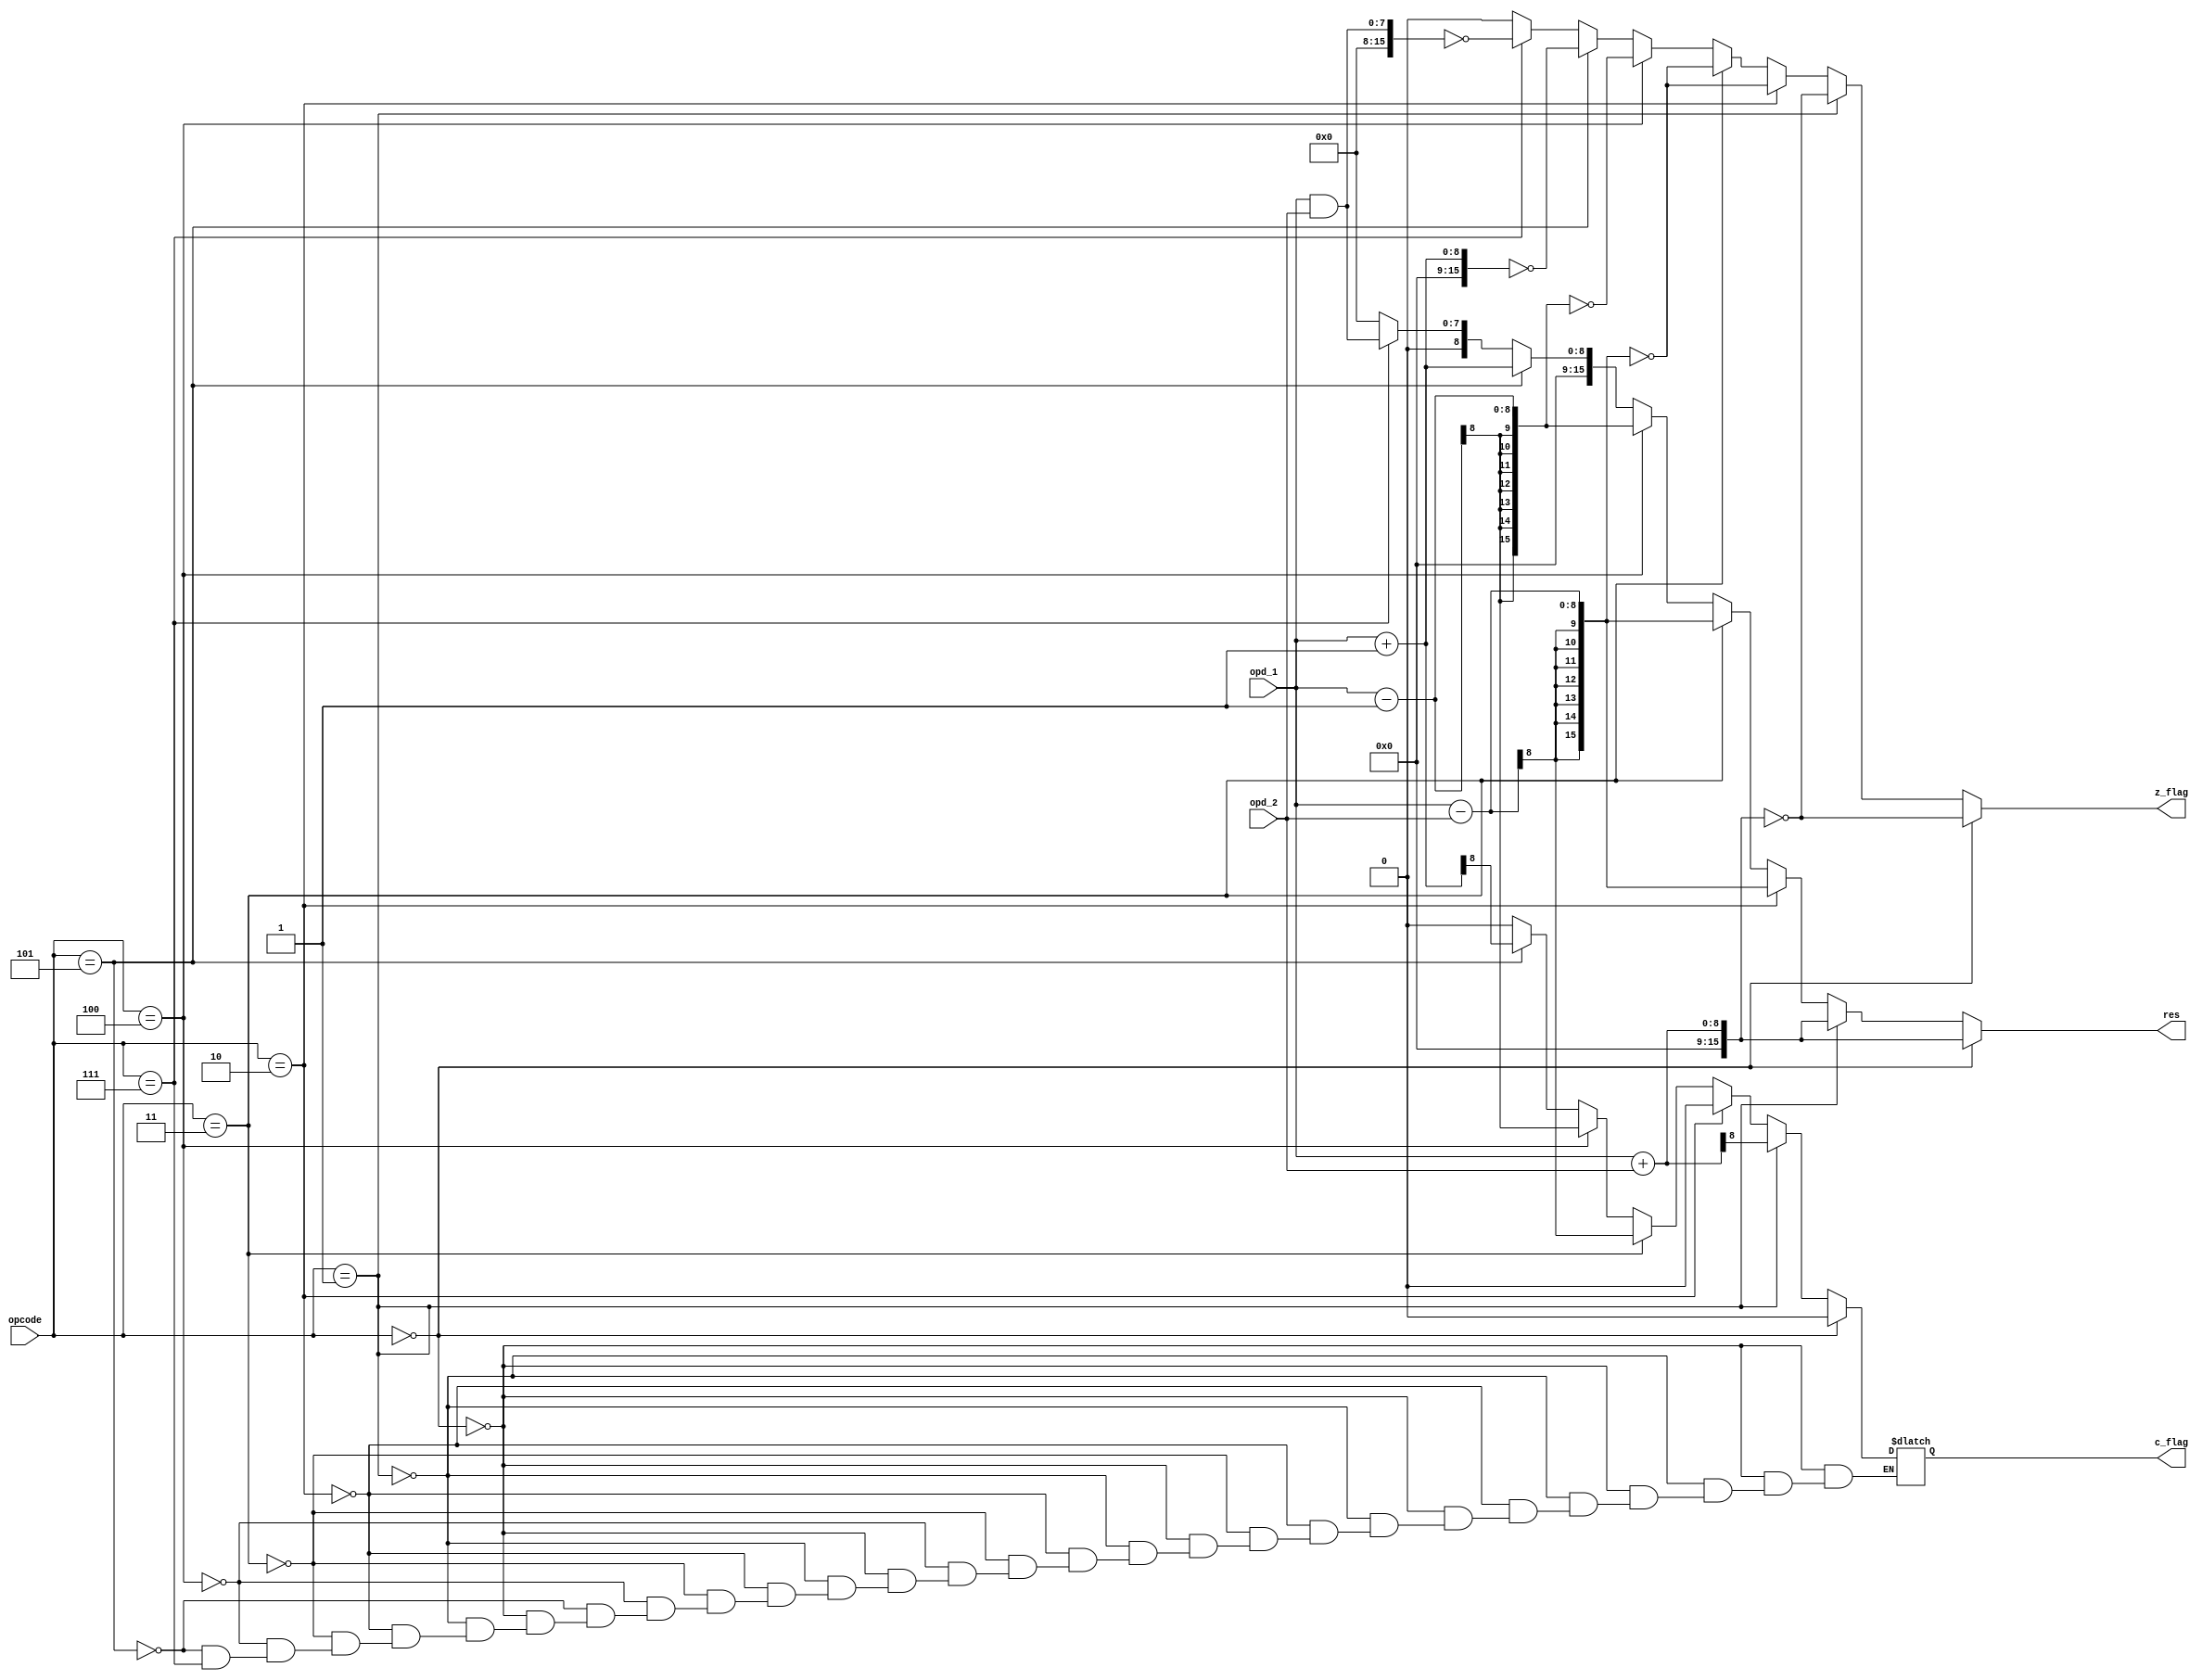

module alu(opcode, opd_1, opd_2, res, c_flag, z_flag);
	input[2:0] opcode;
	input[7:0] opd_1, opd_2;
	output reg[15:0] res = 16'h0000;
	// carry flag indicates borrow in SBC (subtraction with borrow)
	output reg c_flag = 1'b0, z_flag = 1'b0;

	// 8 kinds of operations
	parameter[3:0]
		ADD  = 4'b0000,
		ADDC = 4'b0001,
		SUB  = 4'b0010,
		SUBB = 4'b0011,
		DEC  = 4'b0100,
		INC  = 4'b0101,
		TRAN = 4'b0110,
		AND  = 4'b0111,
		OR   = 4'b1000,
		XOR  = 4'b1001,
		NOT  = 4'b1010,
		SHL  = 4'b1011,
		SHR  = 4'b1100;
		
	always @(opcode or opd_1 or opd_2)
	begin
		// normal ADD doesn't care carry 
		if (opcode == ADD)
		begin
			res = opd_1 + opd_2;
			c_flag = 1'b0;
			z_flag = (res == 16'h0000);
		end
		else if (opcode == ADDC)
		begin
			res = opd_1 + opd_2;
			c_flag = res[8];
			z_flag = (res == 16'h0000);
		end
		// normal SUB doesn't care borrow
		else if (opcode == SUB)
		begin
			res = opd_1 - opd_2;
			c_flag = 1'b0;
			z_flag = (res == 16'h0000);
		end
		else if (opcode == SUBB)
		begin
			res = opd_1 - opd_2;
			c_flag = res[8];
			z_flag = (res == 16'h0000);
		end
		else if (opcode == DEC)
		begin
			res = opd_1 - 1'b1;
			c_flag = res[8];
			z_flag = (res == 16'h0000);
		end
		else if (opcode == INC)
		begin
			res = opd_1 + 1'b1;
			c_flag = res[8];
			z_flag = (res == 16'h0000);
		end
		else if (opcode == AND)
		begin
			res = opd_1 & opd_2;
			z_flag = (res == 16'h0000);
		end
		else if (opcode == OR)
		begin
			res = opd_1 | opd_2;
			z_flag = (res == 16'h0000);
		end
		else if (opcode == XOR)
		begin
			res = opd_1 ^ opd_2;
			z_flag = (res == 16'h0000);
		end
		else if (opcode == NOT)
		begin
			res = ~opd_1;
			z_flag = (res == 16'h0000);
		end
		else if (opcode == SHL)
		begin
			res = opd_1 << 1;
			z_flag = (res == 16'h0000);
		end
		else if (opcode == SHR)
		begin				
			res = opd_1 >> 1;
			z_flag = (res == 16'h0000);
		end
		else
		begin
			res = 16'h0000;
			c_flag = 1'b0;
			z_flag = 1'b0;
		end

	end

endmodule